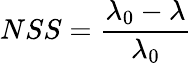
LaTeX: NSS=\frac{\lambda_{0}-\lambda}{\lambda_{0}}